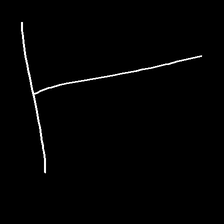
Glyph: column